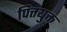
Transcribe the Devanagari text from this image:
पित्तयुक्त